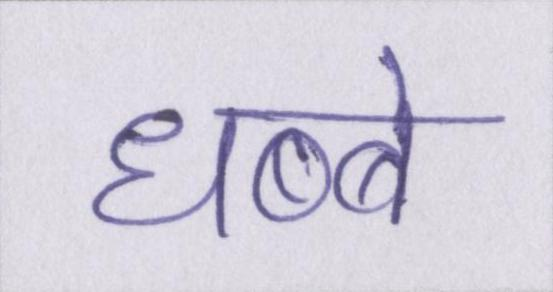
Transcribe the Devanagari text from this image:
धब्बे